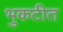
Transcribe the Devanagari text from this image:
भुकटीत